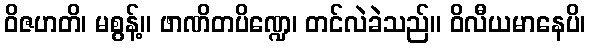
ဝိဇဟတိ၊ မစွန့်။ ဖာဏိတပိဏ္ဍေ၊ တင်လဲခဲသည်။ ဝိလီယမာနေပိ၊